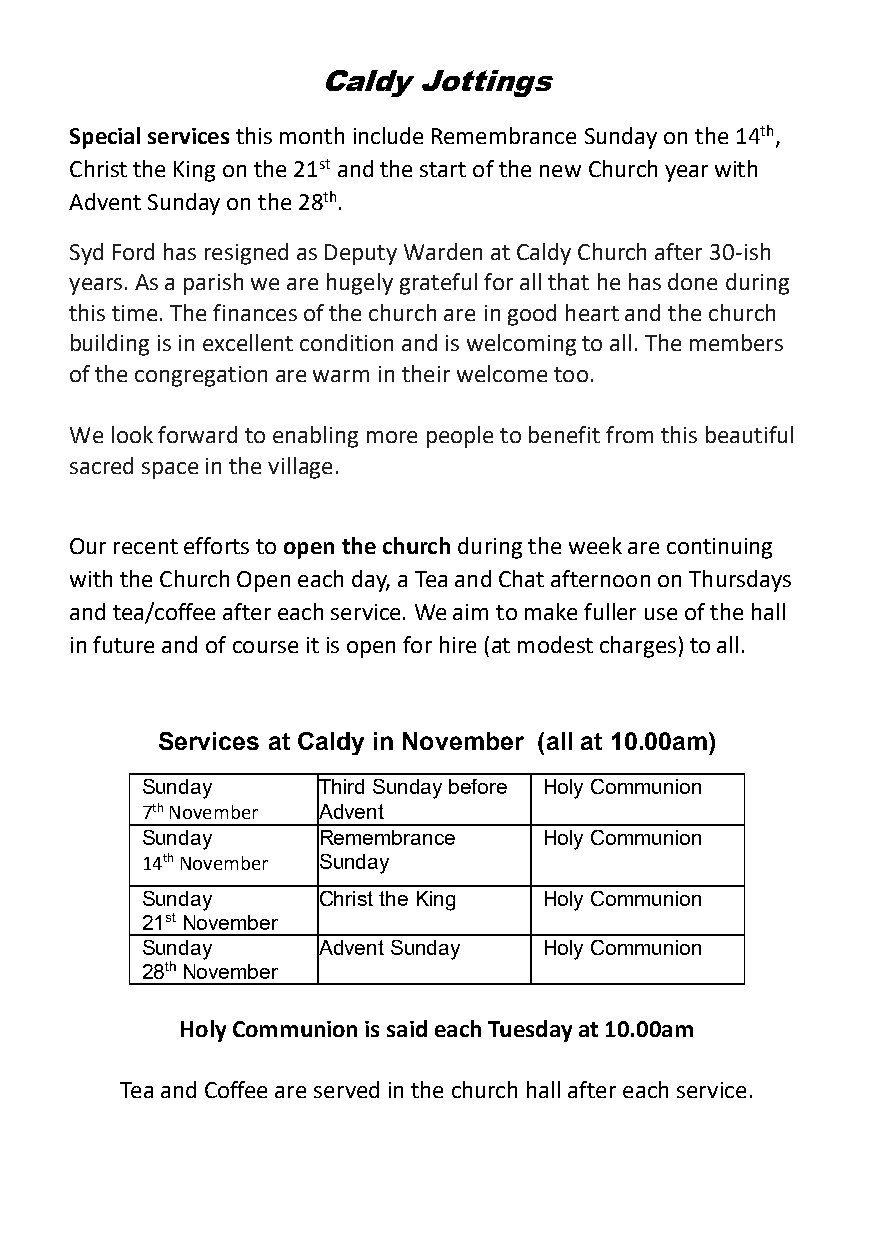
Caldy  Jottings
 Special services this month include Remembrance Sunday on the 14th,
 Christ the King on the 21st and the start of the new Church year with
 Advent Sunday on the 28th.
 Syd Ford has resigned as Deputy Warden at Caldy Church after 30-ish
 years. As a parish we are hugely grateful for all that he has done during
 this time. The finances of the church are in good heart and the church
 building is in excellent condition and is welcoming to all. The members
 of the congregation are warm in their welcome too.
 We look forward to enabling more people to benefit from this beautiful
 sacred space in the village.
 Our recent efforts to open the church during the week are continuing
 with the Church Open each day, a Tea and Chat afternoon on Thursdays
 and tea/coffee after each service. We aim to make fuller use of the hall
 in future and of course it is open for hire (at modest charges) to all.
 Services at Caldy in November (all at 10.00am)
 Sunday      Third Sunday before Holy Communion
 7th November Advent
 Sunday      Remembrance    Holy Communion
 14th November Sunday
 Sunday      Christ the King Holy Communion
 21st November
 Sunday      Advent Sunday  Holy Communion
 28th November
 Holy Communion is said each Tuesday at 10.00am
 Tea and Coffee are served in the church hall after each service.